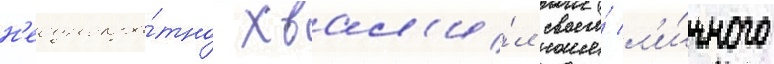
н'еоднокра́тно хвал'и́л своего́ л'и́чного